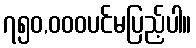
၇၅၀,၀၀၀ပင်မပြည့်ပါ။